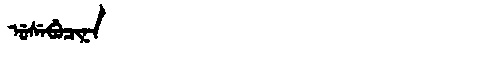
Manchu: ᡠᠰᡝᠪᡠᠴᡳᠨᠠ
Romanization: USEBUCINA